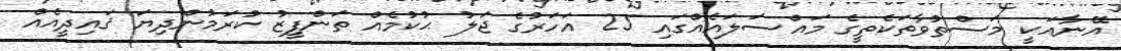
އޭނާއަކީ މަސްތުވާތަކެތީގެ މައްސަލައެއްގައި 25 އަހަރުގެ ޖަލު ޙުކުމެއް ތަންފީޒު ކުރަމުންދިޔަ ޤައިދީއެއް